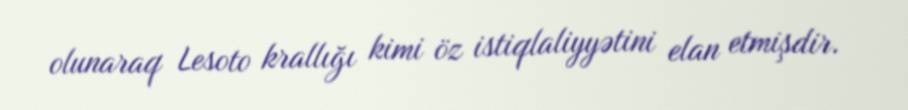
olunaraq Lesoto krallığı kimi öz istiqlaliyyətini elan etmişdir.